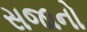
સજાનો